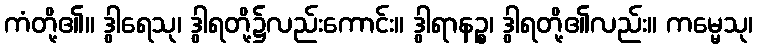
ကံတို့၏။ ဒွါရေသု၊ ဒွါရတို့၌လည်းကောင်း။ ဒွါရာနဉ္စ၊ ဒွါရတို့၏လည်း။ ကမ္မေသု၊